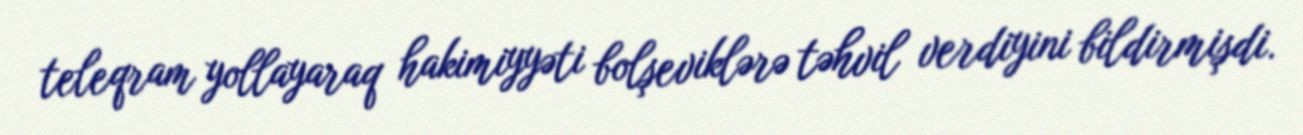
teleqram yollayaraq hakimiyyəti bolşeviklərə təhvil verdiyini bildirmişdi.